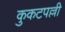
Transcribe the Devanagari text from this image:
कुकटपल्ली